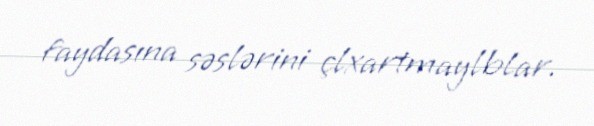
faydasına səslərini çlxartmaylblar.